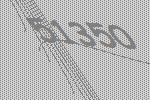
51350